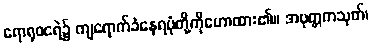
ရောရုဝငရဲ၌ ကျရောက်ခံနေရပုံတို့ကိုဟောထား၏။ အပုတ္တကသုတ်၊